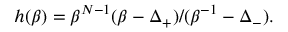
h ( \beta ) = \beta ^ { N - 1 } ( \beta - \Delta _ { + } ) / ( \beta ^ { - 1 } - \Delta _ { - } ) .